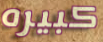
كبيره